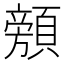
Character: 𱂜